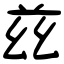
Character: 兹